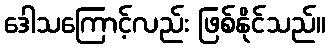
ဒေါသကြောင့်လည်း ဖြစ်နိုင်သည်။